Rangoon Lunatic Asylum 1878-1892 - 1878-1892
Year: 1878
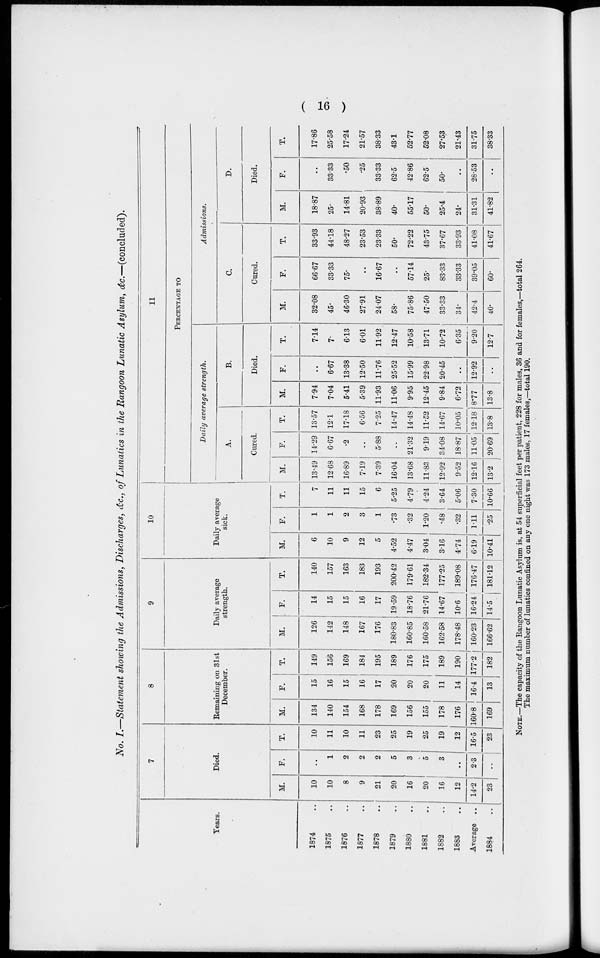
( 16 )
No. I.—Statement showing the Admissions, Discharges, &c., of Lunatics in the Rangoon Lunatic Asylum, &c.—(concluded).
Years.
1874 ..
1875 ..
1876 ..
1877 ..
1878 ..
1879 ..
1880 ..
1881 ..
1882 ..
1883 ..
Average ..
1884 ..
7
Died.
M.
10
10
8
9
21
20
16
20
16
12
14.2
23
F.
..
1
2
2
2
5
3
5
3
..
2.3
..
T.
10
11
10
11
23
25
19
25
19
12
16.5
23
8
Remaining on 31st
December.
M.
134
140
154
168
178
169
156
155
178
176
160.8
169
F.
15
16
15
16
17
20
20
20
11
14
16.4
13
T.
149
156
169
184
195
189
176
175
189
190
177.2
182
9
Daily average
strength.
M.
126
142
148
167
176
180.83
160.85
160.58
162.58
178.48
160.23
166.62
F.
14
15
15
16
17
19.59
18.76
21.76
14.67
10.6
16.24
14.5
T.
140
157
163
183
193
200.42
179.61
182.34
177.25
189.08
176.47
181.12
10
Daily average
sick.
M.
6
10
9
12
5
4.52
4.47
3.04
3.16
4.74
6.19
10.41
F.
1
1
2
3
1
.73
.32
1.20
.48
.32
1.11
.25
T.
7
11
11
15
6
5.25
4.79
4.24
3.64
5.06
7.30
10.66
11
PERCENTAGE TO
Daily average strength.
A.
Cured.
M.
13.49
12.68
16.89
7.19
7.39
16.04
13.68
11.83
12.92
9.52
12.16
13.2
F.
14.29
6.67
.2
..
5.88
..
21.32
9.19
34.08
18.87
11.05
20.69
T.
13.57
12.1
17.18
6.56
7.25
14.47
14.48
11.52
14.67
10.05
12.18
13.8
B.
Died.
M.
7.94
7.04
5.41
5.39
11.93
11.06
9.95
12.45
9.84
6.72
8.77
13.8
F.
..
6.67
13.38
12.50
11.76
25.52
15.99
22.98
20.45
..
12.92
..
T.
7.14
7.
6.13
6.01
11.92
12.47
10.58
13.71
10.72
6.35
9.20
12.7
Admissions.
C.
Cured.
M.
32.08
45.
46.30
27.91
24.07
58.
75.86
47.50
33.33
34.
42.4
40.
F.
66.67
33.33
75.
..
16.67
..
57.14
25.
83.33
33.33
39.05
60.
T.
33.93
44.18
48.27
23.53
23.33
50.
72.22
43.75
37.67
33.93
41.08
41.67
D.
Died.
M.
18.87
25.
14.81
20.93
38.89
40.
55.17
50.
25.4
24.
31.31
41.82
F.
..
33.33
.50
.25
33.33
62.5
42.86
62.5
50.
..
28.53
..
T.
17.86
25.58
17.24
21.57
38.33
43.1
52.77
52.08
27.53
21.43
31.75
38.33
NOTE.—The capacity of the Rangoon Lunatic Asylum is, at 54 superficial feet per patient, 228 for males, 36 and for females,—total 264.
The maximum number of lunatics confined on any one night was 173 males, 17 females,—total 190.